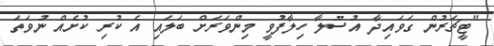
"ޓީޗަރުން ގަވައިދާ އުސޫލާ ހިލާފުވީ މިންވަރަަށް ބަލައި އެ ކުރި ކުށެއް ނުވަތަ